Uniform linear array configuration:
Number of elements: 48
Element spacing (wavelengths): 0.75
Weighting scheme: hamming
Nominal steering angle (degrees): -60
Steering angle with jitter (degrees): -60.343
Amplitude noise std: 0.05
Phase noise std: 0.05

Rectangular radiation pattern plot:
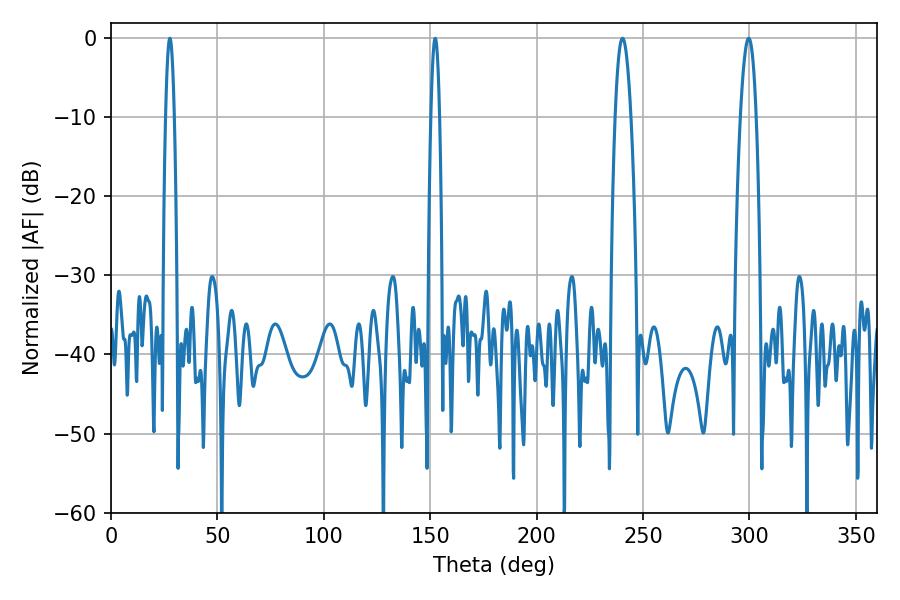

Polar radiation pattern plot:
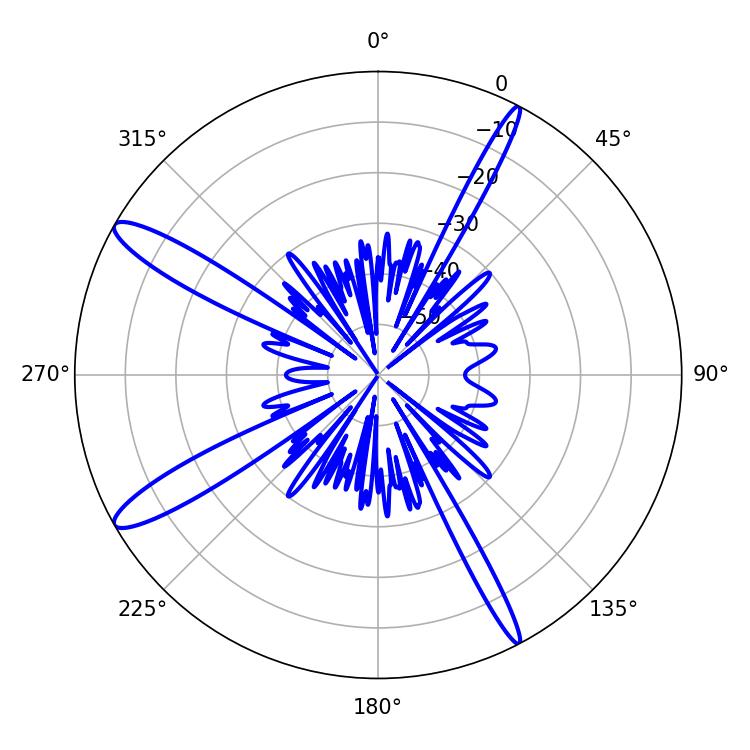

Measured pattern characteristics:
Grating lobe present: TRUE
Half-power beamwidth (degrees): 4.14
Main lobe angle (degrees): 240.3